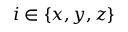
i \in \{ x , y , z \}